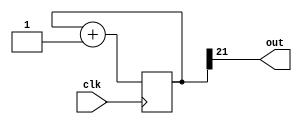
//////////////////////////////////////////////////////////////////////////////////
// Company: 
// Engineer: 
// 
// Design Name: 
// Module Name: freq_div
// Project Name: 
// Target Devices: 
// Tool Versions: 
// Description: 
// 
// Dependencies: 
// 
// Revision:
// Revision 0.01 - File Created
// Additional Comments:
// 
//////////////////////////////////////////////////////////////////////////////////
`define FREQ_DIV_WIDTH 27

module freq_div22(clk, out);
    input clk;   
    output out;   
    reg [21:0] num;
    wire [21:0] next;

    always@(posedge clk)begin
    	num <= next;
        end
    assign next = num +1;
    assign out = num[21];
    
endmodule

module freq_div21(clk, out);
    input clk;   
    output out;
    reg [20:0] num;
    wire [20:0] next;
    
    always@(posedge clk)begin
    	num<=next;
        end
    
    assign next = num +1;
    assign out = num[20];
    
endmodule

module freq_div25MHz(clk, out);   
    parameter n = 2;  
    input clk;   
    output out;   
    
    reg [n-1:0] num;
    wire [n-1:0] next;
    
    always@(posedge clk)begin
    	num<=next;
        end
    
    assign next = num +1;
    assign out = num[n-1];
    
endmodule

module freqdiv(
    input clk,
    input rst_n,
    output reg out);
reg [`FREQ_DIV_WIDTH-1:0] q;
reg [`FREQ_DIV_WIDTH-1:0] q_tmp;
reg smallclk;
always @*
    q_tmp = q + 1'b1;
always @(posedge clk or negedge rst_n)
    if (~rst_n || smallclk == 1) q <= `FREQ_DIV_WIDTH'd0;
    else q <= q_tmp;
      
always @*
    if(q_tmp == 12500000) smallclk = 1;
    else smallclk = 0;
    
always @(posedge clk or negedge rst_n)
    if (~rst_n) out <= 0;
    else begin
        if(smallclk == 1) out <= ~out;
    end
    
endmodule